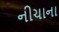
નીચાના